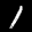
Label: 1